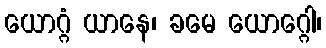
ယောဂ္ဂံ ယာနေ၊ ခမေ ယောဂ္ဂေါ၊